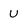
Character: U